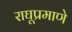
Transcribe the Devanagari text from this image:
राघूप्रमाणे